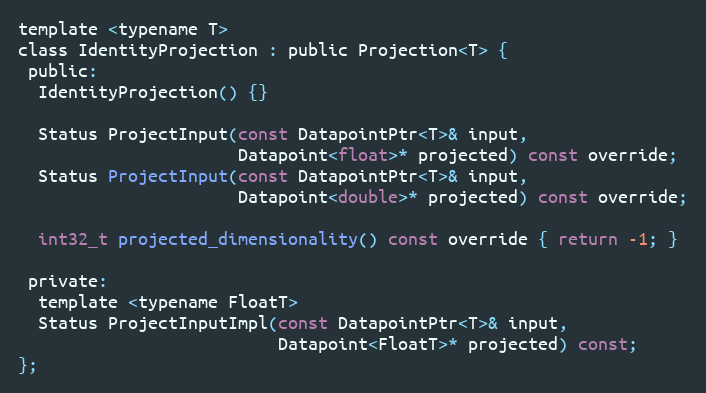
Language: C
template <typename T>
class IdentityProjection : public Projection<T> {
 public:
  IdentityProjection() {}

  Status ProjectInput(const DatapointPtr<T>& input,
                      Datapoint<float>* projected) const override;
  Status ProjectInput(const DatapointPtr<T>& input,
                      Datapoint<double>* projected) const override;

  int32_t projected_dimensionality() const override { return -1; }

 private:
  template <typename FloatT>
  Status ProjectInputImpl(const DatapointPtr<T>& input,
                          Datapoint<FloatT>* projected) const;
};